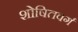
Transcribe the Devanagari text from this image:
शोषितवर्ग